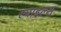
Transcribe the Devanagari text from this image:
स्पाइल्स